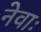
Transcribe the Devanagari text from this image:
नेवाः